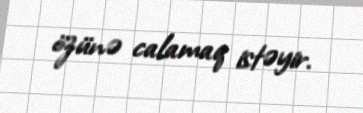
özünə calamaq istəyir.